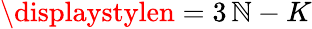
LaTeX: \displaystylen=3\, \mathbb{N}-K